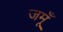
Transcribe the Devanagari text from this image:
जमूँ